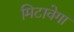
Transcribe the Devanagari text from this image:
मिटावेगा